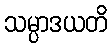
သမ္ပာဒယတိ